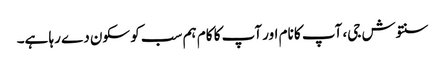
سنتوش جی، آپ کا نام اور آپ کا کام ہم سب کو سکون دے رہا ہے۔